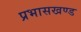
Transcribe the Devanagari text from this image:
प्रभासखण्ड